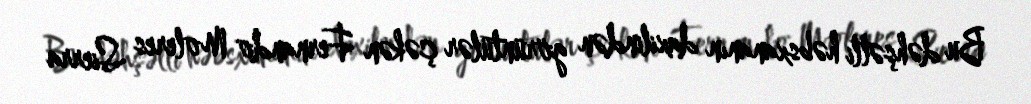
Bu dəhşətli həbsxananın daxilindən görüntülər çəkən Fernando Moleres Sierra